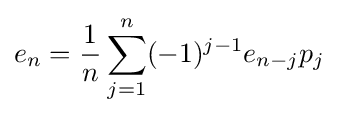
e_{n}={\frac {1}{n}}\sum _{j=1}^{n}(-1)^{j-1}e_{n-j}p_{j}